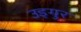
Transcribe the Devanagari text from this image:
उइगुर